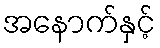
အနောက်နှင့်